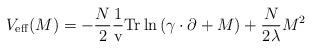
LaTeX: \begin{align*}V_{\rm eff}(M)= -\frac{N}{2}\frac{1}{\rm v}{\rm Tr}\ln \left( \gamma\cdot\partial +M\right) +\frac{N}{2\lambda}M^2\end{align*}